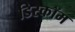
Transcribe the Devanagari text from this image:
डिस्कॉम